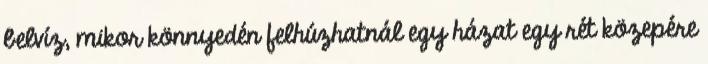
belvíz, mikor könnyedén felhúzhatnál egy házat egy rét közepére